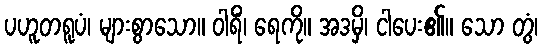
ပဟူတရူပံ၊ များစွာသော။ ဝါရိံ၊ ရေကို။ အဒမှိ၊ ငါပေး၏။ သော တွံ၊